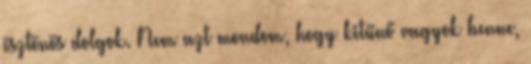
ösztönös dolgok. Nem azt mondom, hogy kitűnő vagyok benne,